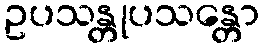
ဥပသန္တုပသန္တော